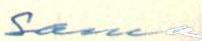
Sanna